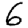
Digit: 6